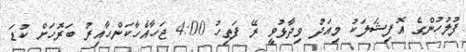
ފުލުހުންގެ އޮފިޝަލަކު މިއަދު ވިދާޅުވީ ރޭ ފަތިހު 4:00 ޖަހާއެހާކަންހާއިރު ބަރޮހަށް ކުޑަ